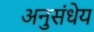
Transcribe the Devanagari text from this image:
अनुसंधेय